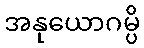
အနုယောဂမ္ပိ